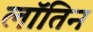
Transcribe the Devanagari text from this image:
लॉतिन